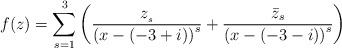
LaTeX: \begin{align*}f(z)=\sum_{s=1}^{3}\left( \frac{z_{_{s}}}{\left( x-(-3+i)\right) ^{s}}+\frac{\bar{z}_{s}}{\left( x-(-3-i)\right) ^{s}}\right) \end{align*}